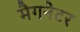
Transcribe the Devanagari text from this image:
मैगनेटर